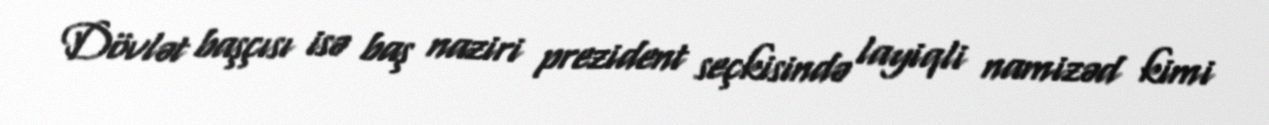
Dövlət başçısı isə baş naziri prezident seçkisində layiqli namizəd kimi